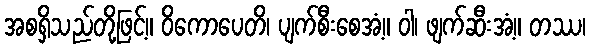
အစရှိသည်တို့ဖြင့်။ ဝိကောပေတိ၊ ပျက်စီးစေအံ့။ ဝါ၊ ဖျက်ဆီးအံ့။ တဿ၊